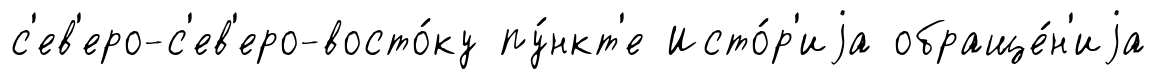
с'ев'еро-с'ев'еро-восто́ку пу́нкт'е Исто́р'иjа обраще́н'иjа